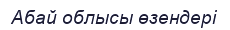
Абай облысы өзендері